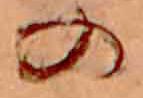
の